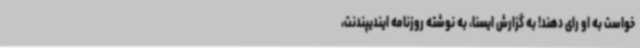
خواست به او رای دهند! به گزارش ایسنا، به نوشته روزنامه ایندیپندنت،